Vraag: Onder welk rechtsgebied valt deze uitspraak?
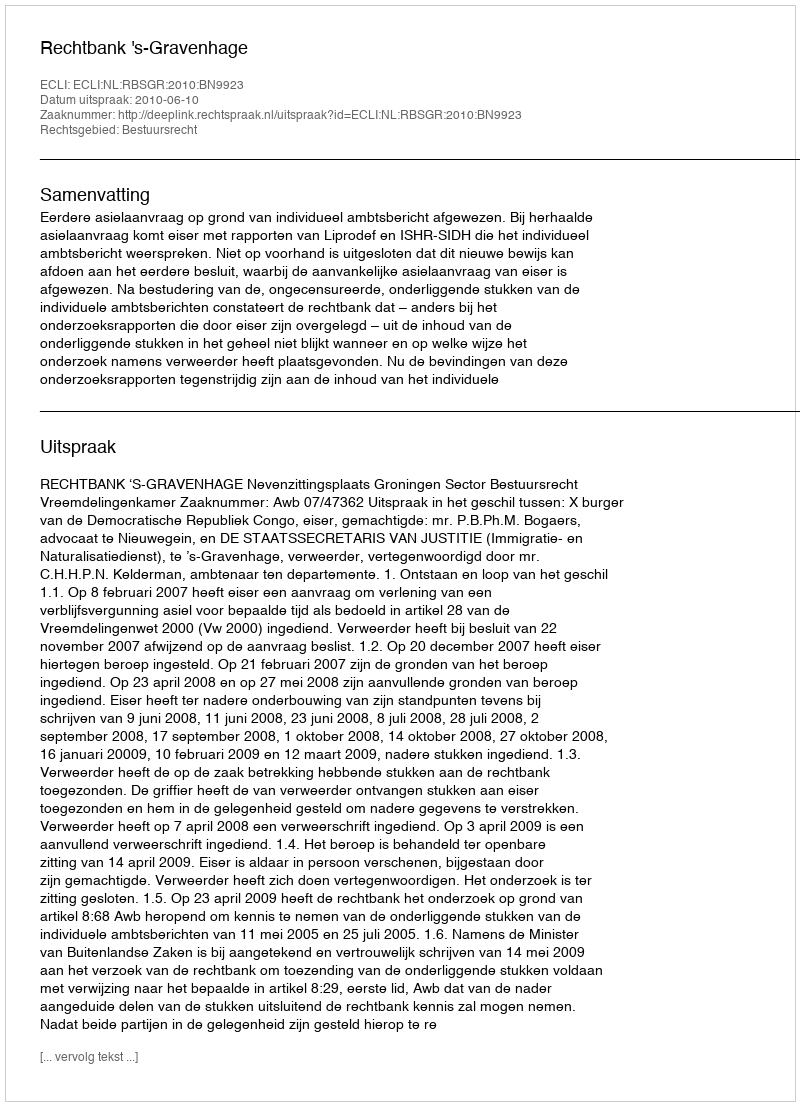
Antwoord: Bestuursrecht